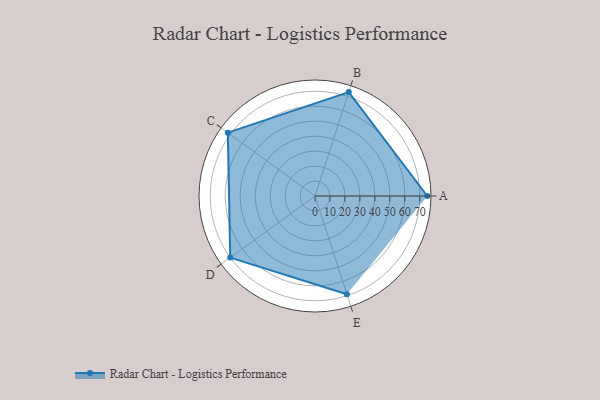
{"axis": {"x": "Skill", "y": "Score"}, "legend": ["Profile"], "data": [{"x": "A", "y": 75.0, "type": "Profile"}, {"x": "B", "y": 73.0, "type": "Profile"}, {"x": "C", "y": 72.0, "type": "Profile"}, {"x": "D", "y": 70.0, "type": "Profile"}, {"x": "E", "y": 69.0, "type": "Profile"}]}